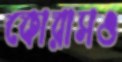
কোরাসও